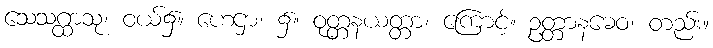
သေသဂ္ထာသု၊ ဝယ်၌။ ဟေဌာ၊ ၌။ ဝုတ္တနယတ္တာ၊ ကြောင့်။ ဥတ္တာနဓေဝ၊ တည်း။